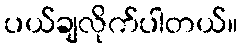
ပယ်ချလိုက်ပါတယ်။